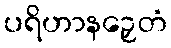
ပရိဟာနဉှေတံ